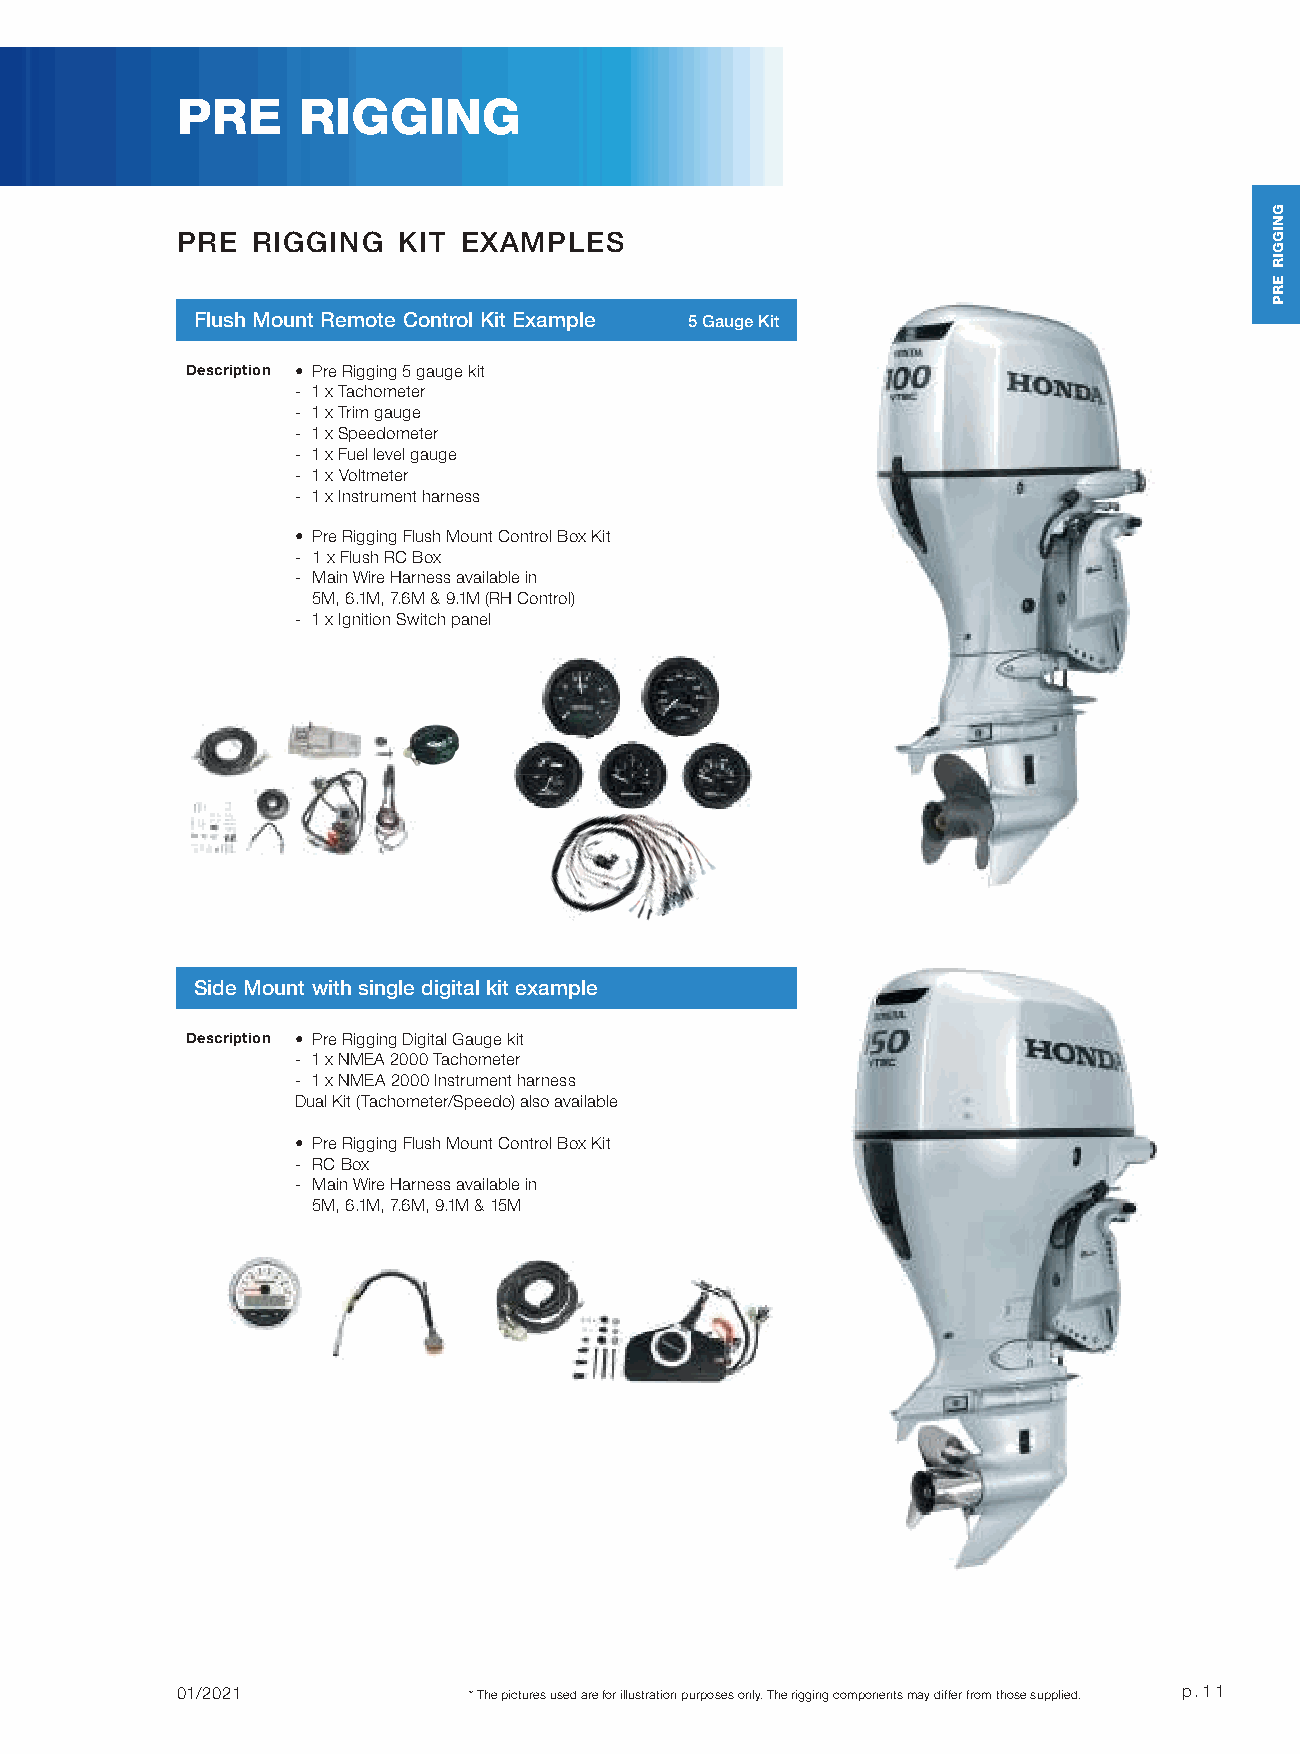
PRE     RIGGING
 PRE  RIGGING  KIT  EXAMPLES
 Flush Mount Remote Control Kit Example 5 Gauge Kit
 Description • Pre Rigging 5 gauge kit
 - 1 x Tachometer
 - 1 x Trim gauge
 - 1 x Speedometer
 - 1 x Fuel level gauge
 - 1 x Voltmeter
 - 1 x Instrument harness
 • Pre Rigging Flush Mount Control Box Kit
 - 1 x Flush RC Box
 - Main Wire Harness available in
 5M, 6.1M, 7.6M & 9.1M (RH Control)
 - 1 x Ignition Switch panel
 Side Mount with single digital kit example
 Description • Pre Rigging Digital Gauge kit
 - 1 x NMEA 2000 Tachometer
 - 1 x NMEA 2000 Instrument harness
 Dual Kit (Tachometer/Speedo) also available
 • Pre Rigging Flush Mount Control Box Kit
 - RC Box
 - Main Wire Harness available in
 5M, 6.1M, 7.6M, 9.1M & 15M
 01/2021            * The pictures used are for illustration purposes only. The rigging components may differ from those supplied. p.11
 GNIGGIR
 ERP